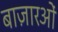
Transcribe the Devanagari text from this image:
बाज़ारओं